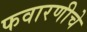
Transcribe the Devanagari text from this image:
फवारणीचे